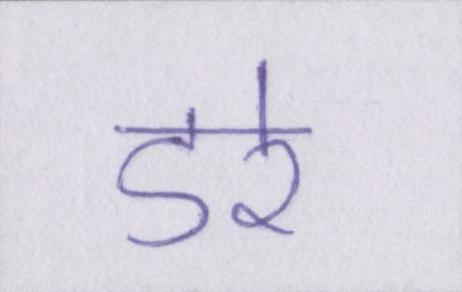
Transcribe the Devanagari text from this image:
डरे